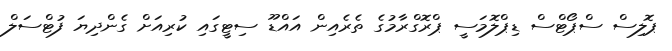
ޕޮލިސް ސްޕޯޓްސް ޑިޕްލޮމަސީ ޕްރޮގްރާމުގެ ތެރެއިން އައްޑޫ ސިޓީގައި ކުރިއަށް ގެންދިޔަ ފުޓްސަލް